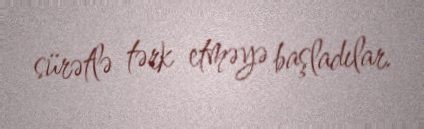
sürətlə tərk etməyə başladılar.